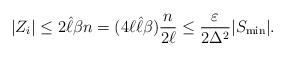
LaTeX: \begin{align*}|Z_i| \leq 2\hat\ell\beta n=(4\ell\hat\ell\beta)\frac{n}{2\ell}\leq \frac{\varepsilon}{2\Delta^2}|S_{\min}|.\end{align*}